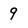
Character: 9